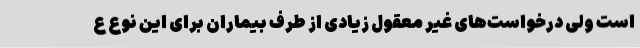
است ولی درخواست‌های غیر معقول زیادی از طرف بیماران برای این نوع ع